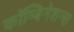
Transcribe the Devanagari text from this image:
कॉम्बिनेशन्स